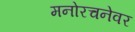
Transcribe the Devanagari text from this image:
मनोरचनेवर